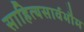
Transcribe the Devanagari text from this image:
साहित्यसार्वभौम